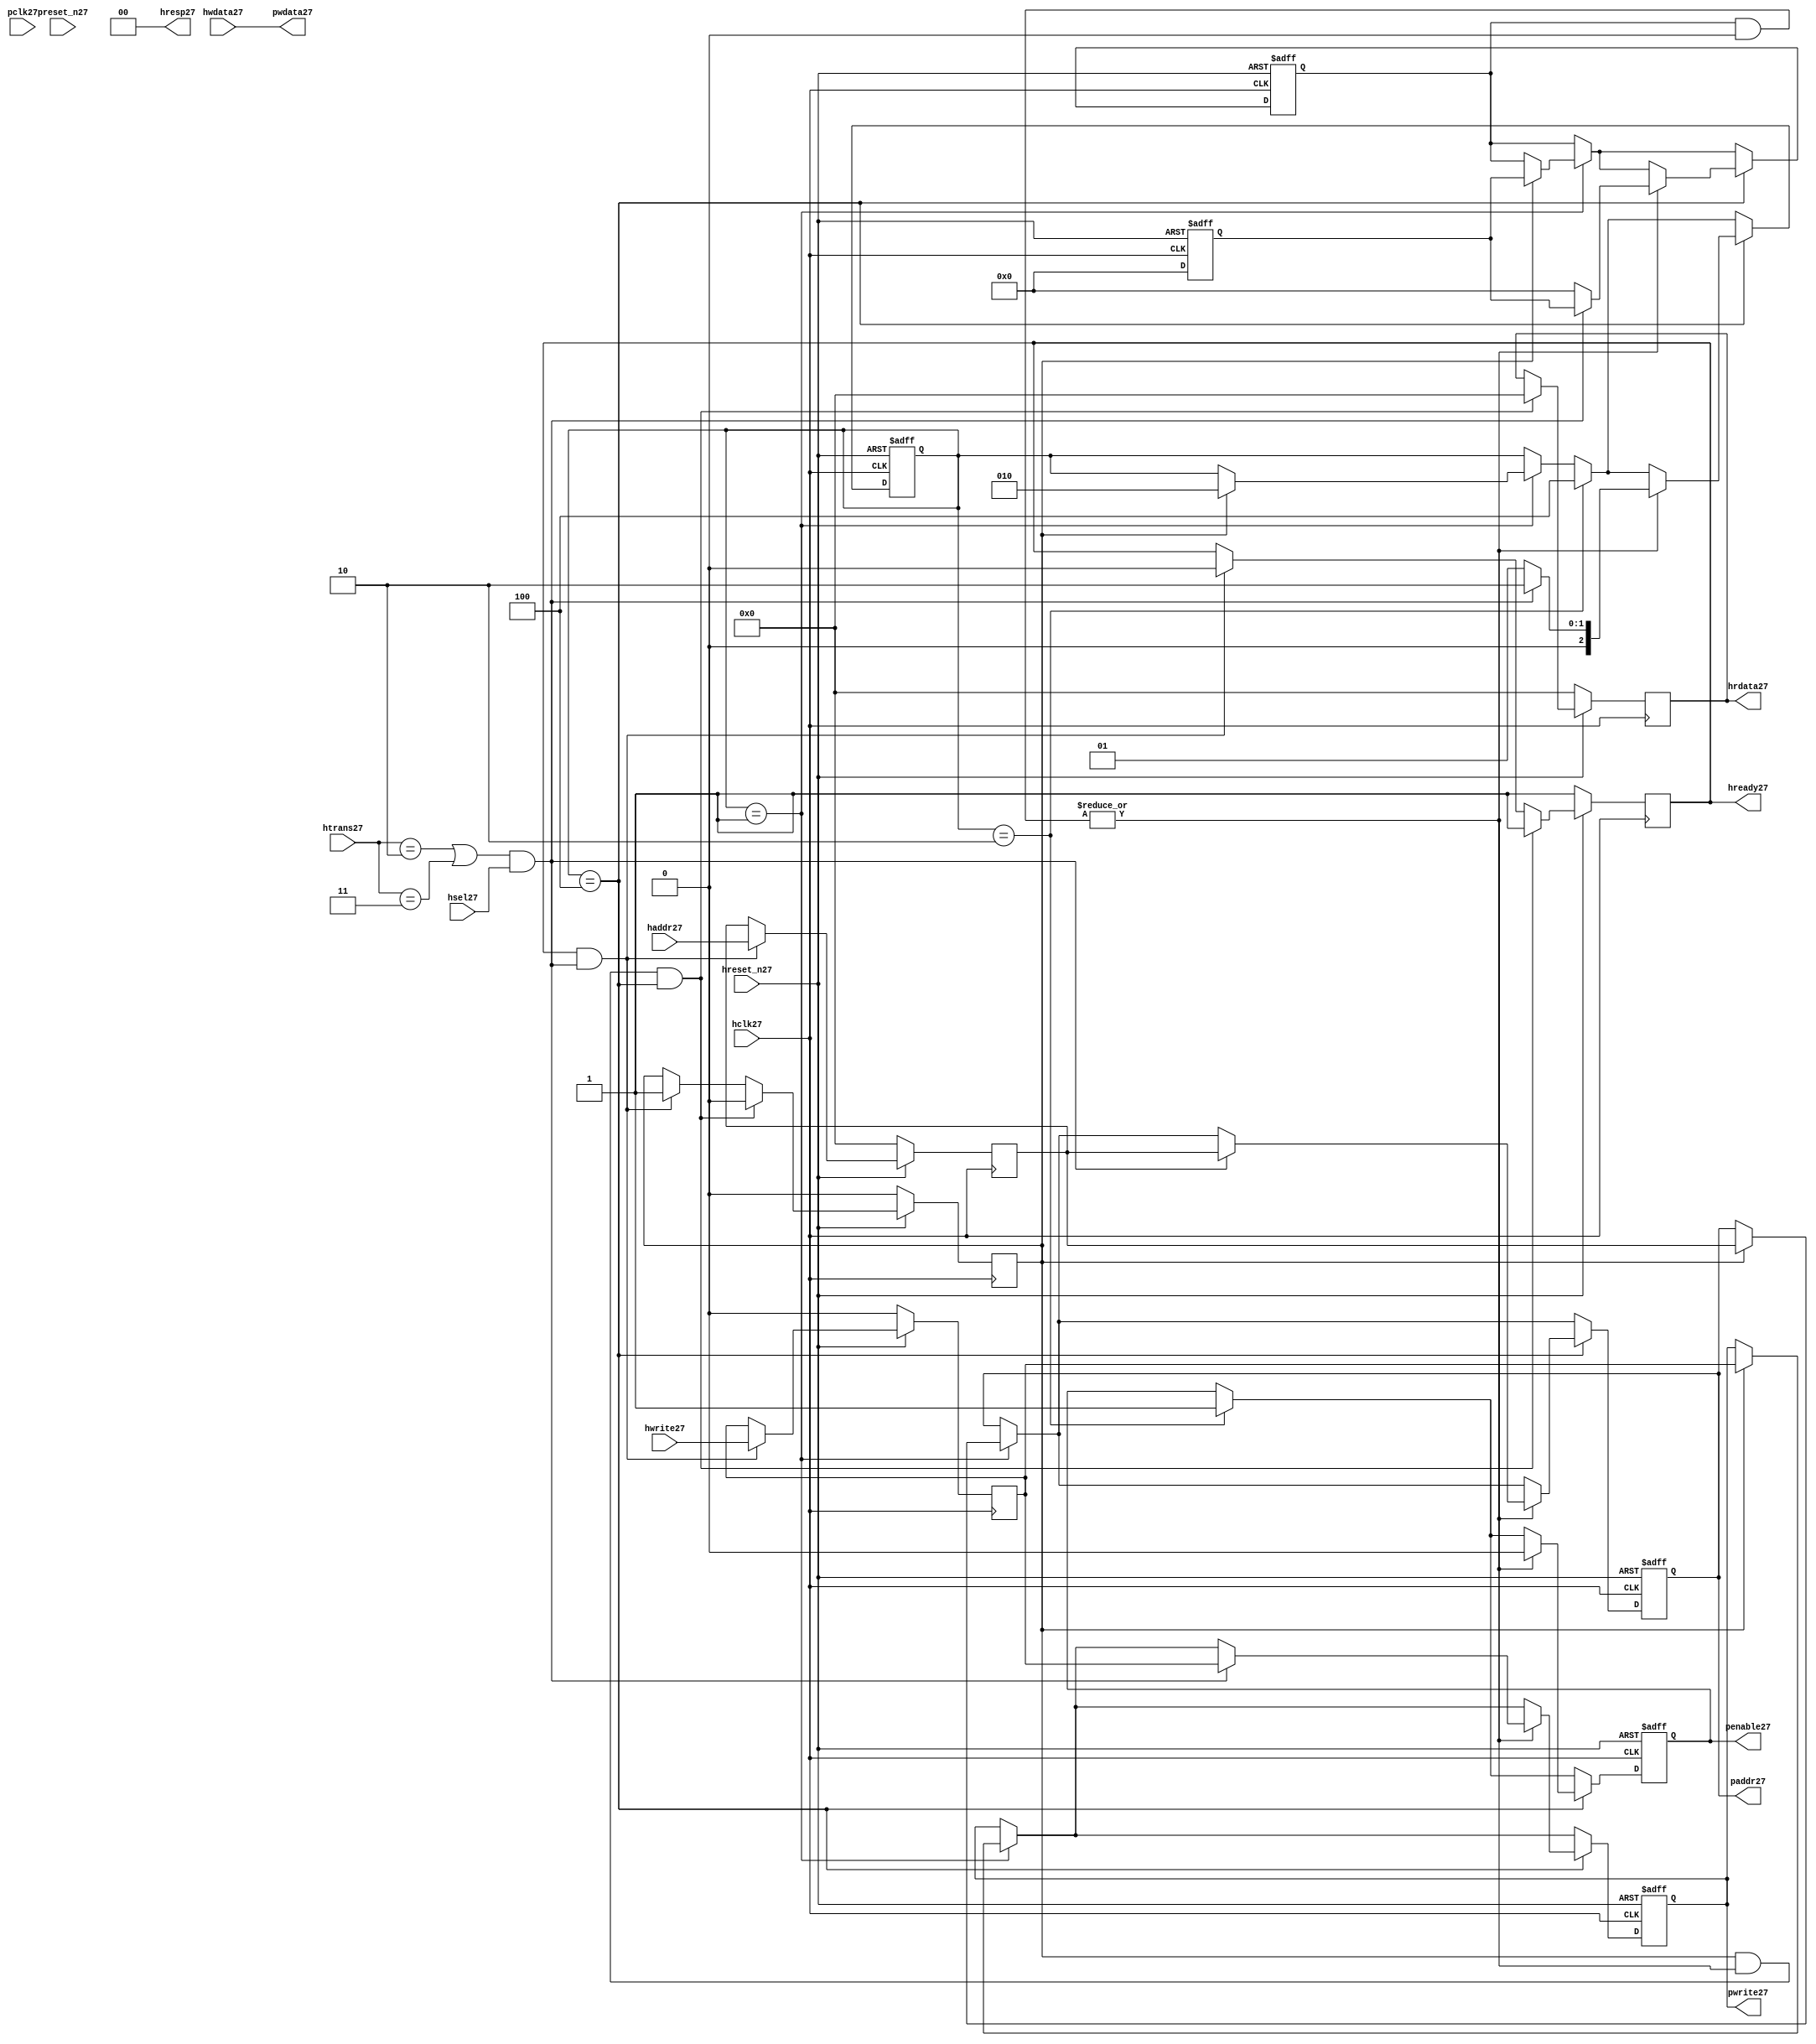
module ahb2apb27
(
  // AHB27 signals27
  hclk27,
  hreset_n27,
  hsel27,
  haddr27,
  htrans27,
  hwdata27,
  hwrite27,
  hrdata27,
  hready27,
  hresp27,
  
  // APB27 signals27 common to all APB27 slaves27
  pclk27,
  preset_n27,
  paddr27,
  penable27,
  pwrite27,
  pwdata27
  
  // Slave27 0 signals27
  `ifdef APB_SLAVE027
  ,psel027
  ,pready027
  ,prdata027
  `endif
  
  // Slave27 1 signals27
  `ifdef APB_SLAVE127
  ,psel127
  ,pready127
  ,prdata127
  `endif
  
  // Slave27 2 signals27
  `ifdef APB_SLAVE227
  ,psel227
  ,pready227
  ,prdata227
  `endif
  
  // Slave27 3 signals27
  `ifdef APB_SLAVE327
  ,psel327
  ,pready327
  ,prdata327
  `endif
  
  // Slave27 4 signals27
  `ifdef APB_SLAVE427
  ,psel427
  ,pready427
  ,prdata427
  `endif
  
  // Slave27 5 signals27
  `ifdef APB_SLAVE527
  ,psel527
  ,pready527
  ,prdata527
  `endif
  
  // Slave27 6 signals27
  `ifdef APB_SLAVE627
  ,psel627
  ,pready627
  ,prdata627
  `endif
  
  // Slave27 7 signals27
  `ifdef APB_SLAVE727
  ,psel727
  ,pready727
  ,prdata727
  `endif
  
  // Slave27 8 signals27
  `ifdef APB_SLAVE827
  ,psel827
  ,pready827
  ,prdata827
  `endif
  
  // Slave27 9 signals27
  `ifdef APB_SLAVE927
  ,psel927
  ,pready927
  ,prdata927
  `endif
  
  // Slave27 10 signals27
  `ifdef APB_SLAVE1027
  ,psel1027
  ,pready1027
  ,prdata1027
  `endif
  
  // Slave27 11 signals27
  `ifdef APB_SLAVE1127
  ,psel1127
  ,pready1127
  ,prdata1127
  `endif
  
  // Slave27 12 signals27
  `ifdef APB_SLAVE1227
  ,psel1227
  ,pready1227
  ,prdata1227
  `endif
  
  // Slave27 13 signals27
  `ifdef APB_SLAVE1327
  ,psel1327
  ,pready1327
  ,prdata1327
  `endif
  
  // Slave27 14 signals27
  `ifdef APB_SLAVE1427
  ,psel1427
  ,pready1427
  ,prdata1427
  `endif
  
  // Slave27 15 signals27
  `ifdef APB_SLAVE1527
  ,psel1527
  ,pready1527
  ,prdata1527
  `endif
  
);

parameter 
  APB_SLAVE0_START_ADDR27  = 32'h00000000,
  APB_SLAVE0_END_ADDR27    = 32'h00000000,
  APB_SLAVE1_START_ADDR27  = 32'h00000000,
  APB_SLAVE1_END_ADDR27    = 32'h00000000,
  APB_SLAVE2_START_ADDR27  = 32'h00000000,
  APB_SLAVE2_END_ADDR27    = 32'h00000000,
  APB_SLAVE3_START_ADDR27  = 32'h00000000,
  APB_SLAVE3_END_ADDR27    = 32'h00000000,
  APB_SLAVE4_START_ADDR27  = 32'h00000000,
  APB_SLAVE4_END_ADDR27    = 32'h00000000,
  APB_SLAVE5_START_ADDR27  = 32'h00000000,
  APB_SLAVE5_END_ADDR27    = 32'h00000000,
  APB_SLAVE6_START_ADDR27  = 32'h00000000,
  APB_SLAVE6_END_ADDR27    = 32'h00000000,
  APB_SLAVE7_START_ADDR27  = 32'h00000000,
  APB_SLAVE7_END_ADDR27    = 32'h00000000,
  APB_SLAVE8_START_ADDR27  = 32'h00000000,
  APB_SLAVE8_END_ADDR27    = 32'h00000000,
  APB_SLAVE9_START_ADDR27  = 32'h00000000,
  APB_SLAVE9_END_ADDR27    = 32'h00000000,
  APB_SLAVE10_START_ADDR27  = 32'h00000000,
  APB_SLAVE10_END_ADDR27    = 32'h00000000,
  APB_SLAVE11_START_ADDR27  = 32'h00000000,
  APB_SLAVE11_END_ADDR27    = 32'h00000000,
  APB_SLAVE12_START_ADDR27  = 32'h00000000,
  APB_SLAVE12_END_ADDR27    = 32'h00000000,
  APB_SLAVE13_START_ADDR27  = 32'h00000000,
  APB_SLAVE13_END_ADDR27    = 32'h00000000,
  APB_SLAVE14_START_ADDR27  = 32'h00000000,
  APB_SLAVE14_END_ADDR27    = 32'h00000000,
  APB_SLAVE15_START_ADDR27  = 32'h00000000,
  APB_SLAVE15_END_ADDR27    = 32'h00000000;

  // AHB27 signals27
input        hclk27;
input        hreset_n27;
input        hsel27;
input[31:0]  haddr27;
input[1:0]   htrans27;
input[31:0]  hwdata27;
input        hwrite27;
output[31:0] hrdata27;
reg   [31:0] hrdata27;
output       hready27;
output[1:0]  hresp27;
  
  // APB27 signals27 common to all APB27 slaves27
input       pclk27;
input       preset_n27;
output[31:0] paddr27;
reg   [31:0] paddr27;
output       penable27;
reg          penable27;
output       pwrite27;
reg          pwrite27;
output[31:0] pwdata27;
  
  // Slave27 0 signals27
`ifdef APB_SLAVE027
  output      psel027;
  input       pready027;
  input[31:0] prdata027;
`endif
  
  // Slave27 1 signals27
`ifdef APB_SLAVE127
  output      psel127;
  input       pready127;
  input[31:0] prdata127;
`endif
  
  // Slave27 2 signals27
`ifdef APB_SLAVE227
  output      psel227;
  input       pready227;
  input[31:0] prdata227;
`endif
  
  // Slave27 3 signals27
`ifdef APB_SLAVE327
  output      psel327;
  input       pready327;
  input[31:0] prdata327;
`endif
  
  // Slave27 4 signals27
`ifdef APB_SLAVE427
  output      psel427;
  input       pready427;
  input[31:0] prdata427;
`endif
  
  // Slave27 5 signals27
`ifdef APB_SLAVE527
  output      psel527;
  input       pready527;
  input[31:0] prdata527;
`endif
  
  // Slave27 6 signals27
`ifdef APB_SLAVE627
  output      psel627;
  input       pready627;
  input[31:0] prdata627;
`endif
  
  // Slave27 7 signals27
`ifdef APB_SLAVE727
  output      psel727;
  input       pready727;
  input[31:0] prdata727;
`endif
  
  // Slave27 8 signals27
`ifdef APB_SLAVE827
  output      psel827;
  input       pready827;
  input[31:0] prdata827;
`endif
  
  // Slave27 9 signals27
`ifdef APB_SLAVE927
  output      psel927;
  input       pready927;
  input[31:0] prdata927;
`endif
  
  // Slave27 10 signals27
`ifdef APB_SLAVE1027
  output      psel1027;
  input       pready1027;
  input[31:0] prdata1027;
`endif
  
  // Slave27 11 signals27
`ifdef APB_SLAVE1127
  output      psel1127;
  input       pready1127;
  input[31:0] prdata1127;
`endif
  
  // Slave27 12 signals27
`ifdef APB_SLAVE1227
  output      psel1227;
  input       pready1227;
  input[31:0] prdata1227;
`endif
  
  // Slave27 13 signals27
`ifdef APB_SLAVE1327
  output      psel1327;
  input       pready1327;
  input[31:0] prdata1327;
`endif
  
  // Slave27 14 signals27
`ifdef APB_SLAVE1427
  output      psel1427;
  input       pready1427;
  input[31:0] prdata1427;
`endif
  
  // Slave27 15 signals27
`ifdef APB_SLAVE1527
  output      psel1527;
  input       pready1527;
  input[31:0] prdata1527;
`endif
 
reg         ahb_addr_phase27;
reg         ahb_data_phase27;
wire        valid_ahb_trans27;
wire        pready_muxed27;
wire [31:0] prdata_muxed27;
reg  [31:0] haddr_reg27;
reg         hwrite_reg27;
reg  [2:0]  apb_state27;
wire [2:0]  apb_state_idle27;
wire [2:0]  apb_state_setup27;
wire [2:0]  apb_state_access27;
reg  [15:0] slave_select27;
wire [15:0] pready_vector27;
reg  [15:0] psel_vector27;
wire [31:0] prdata0_q27;
wire [31:0] prdata1_q27;
wire [31:0] prdata2_q27;
wire [31:0] prdata3_q27;
wire [31:0] prdata4_q27;
wire [31:0] prdata5_q27;
wire [31:0] prdata6_q27;
wire [31:0] prdata7_q27;
wire [31:0] prdata8_q27;
wire [31:0] prdata9_q27;
wire [31:0] prdata10_q27;
wire [31:0] prdata11_q27;
wire [31:0] prdata12_q27;
wire [31:0] prdata13_q27;
wire [31:0] prdata14_q27;
wire [31:0] prdata15_q27;

// assign pclk27     = hclk27;
// assign preset_n27 = hreset_n27;
assign hready27   = ahb_addr_phase27;
assign pwdata27   = hwdata27;
assign hresp27  = 2'b00;

// Respond27 to NONSEQ27 or SEQ transfers27
assign valid_ahb_trans27 = ((htrans27 == 2'b10) || (htrans27 == 2'b11)) && (hsel27 == 1'b1);

always @(posedge hclk27) begin
  if (hreset_n27 == 1'b0) begin
    ahb_addr_phase27 <= 1'b1;
    ahb_data_phase27 <= 1'b0;
    haddr_reg27      <= 'b0;
    hwrite_reg27     <= 1'b0;
    hrdata27         <= 'b0;
  end
  else begin
    if (ahb_addr_phase27 == 1'b1 && valid_ahb_trans27 == 1'b1) begin
      ahb_addr_phase27 <= 1'b0;
      ahb_data_phase27 <= 1'b1;
      haddr_reg27      <= haddr27;
      hwrite_reg27     <= hwrite27;
    end
    if (ahb_data_phase27 == 1'b1 && pready_muxed27 == 1'b1 && apb_state27 == apb_state_access27) begin
      ahb_addr_phase27 <= 1'b1;
      ahb_data_phase27 <= 1'b0;
      hrdata27         <= prdata_muxed27;
    end
  end
end

// APB27 state machine27 state definitions27
assign apb_state_idle27   = 3'b001;
assign apb_state_setup27  = 3'b010;
assign apb_state_access27 = 3'b100;

// APB27 state machine27
always @(posedge hclk27 or negedge hreset_n27) begin
  if (hreset_n27 == 1'b0) begin
    apb_state27   <= apb_state_idle27;
    psel_vector27 <= 1'b0;
    penable27     <= 1'b0;
    paddr27       <= 1'b0;
    pwrite27      <= 1'b0;
  end  
  else begin
    
    // IDLE27 -> SETUP27
    if (apb_state27 == apb_state_idle27) begin
      if (ahb_data_phase27 == 1'b1) begin
        apb_state27   <= apb_state_setup27;
        psel_vector27 <= slave_select27;
        paddr27       <= haddr_reg27;
        pwrite27      <= hwrite_reg27;
      end  
    end
    
    // SETUP27 -> TRANSFER27
    if (apb_state27 == apb_state_setup27) begin
      apb_state27 <= apb_state_access27;
      penable27   <= 1'b1;
    end
    
    // TRANSFER27 -> SETUP27 or
    // TRANSFER27 -> IDLE27
    if (apb_state27 == apb_state_access27) begin
      if (pready_muxed27 == 1'b1) begin
      
        // TRANSFER27 -> SETUP27
        if (valid_ahb_trans27 == 1'b1) begin
          apb_state27   <= apb_state_setup27;
          penable27     <= 1'b0;
          psel_vector27 <= slave_select27;
          paddr27       <= haddr_reg27;
          pwrite27      <= hwrite_reg27;
        end  
        
        // TRANSFER27 -> IDLE27
        else begin
          apb_state27   <= apb_state_idle27;      
          penable27     <= 1'b0;
          psel_vector27 <= 'b0;
        end  
      end
    end
    
  end
end

always @(posedge hclk27 or negedge hreset_n27) begin
  if (hreset_n27 == 1'b0)
    slave_select27 <= 'b0;
  else begin  
  `ifdef APB_SLAVE027
     slave_select27[0]   <= valid_ahb_trans27 && (haddr27 >= APB_SLAVE0_START_ADDR27)  && (haddr27 <= APB_SLAVE0_END_ADDR27);
   `else
     slave_select27[0]   <= 1'b0;
   `endif
   
   `ifdef APB_SLAVE127
     slave_select27[1]   <= valid_ahb_trans27 && (haddr27 >= APB_SLAVE1_START_ADDR27)  && (haddr27 <= APB_SLAVE1_END_ADDR27);
   `else
     slave_select27[1]   <= 1'b0;
   `endif  
     
   `ifdef APB_SLAVE227  
     slave_select27[2]   <= valid_ahb_trans27 && (haddr27 >= APB_SLAVE2_START_ADDR27)  && (haddr27 <= APB_SLAVE2_END_ADDR27);
   `else
     slave_select27[2]   <= 1'b0;
   `endif  
     
   `ifdef APB_SLAVE327  
     slave_select27[3]   <= valid_ahb_trans27 && (haddr27 >= APB_SLAVE3_START_ADDR27)  && (haddr27 <= APB_SLAVE3_END_ADDR27);
   `else
     slave_select27[3]   <= 1'b0;
   `endif  
     
   `ifdef APB_SLAVE427  
     slave_select27[4]   <= valid_ahb_trans27 && (haddr27 >= APB_SLAVE4_START_ADDR27)  && (haddr27 <= APB_SLAVE4_END_ADDR27);
   `else
     slave_select27[4]   <= 1'b0;
   `endif  
     
   `ifdef APB_SLAVE527  
     slave_select27[5]   <= valid_ahb_trans27 && (haddr27 >= APB_SLAVE5_START_ADDR27)  && (haddr27 <= APB_SLAVE5_END_ADDR27);
   `else
     slave_select27[5]   <= 1'b0;
   `endif  
     
   `ifdef APB_SLAVE627  
     slave_select27[6]   <= valid_ahb_trans27 && (haddr27 >= APB_SLAVE6_START_ADDR27)  && (haddr27 <= APB_SLAVE6_END_ADDR27);
   `else
     slave_select27[6]   <= 1'b0;
   `endif  
     
   `ifdef APB_SLAVE727  
     slave_select27[7]   <= valid_ahb_trans27 && (haddr27 >= APB_SLAVE7_START_ADDR27)  && (haddr27 <= APB_SLAVE7_END_ADDR27);
   `else
     slave_select27[7]   <= 1'b0;
   `endif  
     
   `ifdef APB_SLAVE827  
     slave_select27[8]   <= valid_ahb_trans27 && (haddr27 >= APB_SLAVE8_START_ADDR27)  && (haddr27 <= APB_SLAVE8_END_ADDR27);
   `else
     slave_select27[8]   <= 1'b0;
   `endif  
     
   `ifdef APB_SLAVE927  
     slave_select27[9]   <= valid_ahb_trans27 && (haddr27 >= APB_SLAVE9_START_ADDR27)  && (haddr27 <= APB_SLAVE9_END_ADDR27);
   `else
     slave_select27[9]   <= 1'b0;
   `endif  
     
   `ifdef APB_SLAVE1027  
     slave_select27[10]  <= valid_ahb_trans27 && (haddr27 >= APB_SLAVE10_START_ADDR27) && (haddr27 <= APB_SLAVE10_END_ADDR27);
   `else
     slave_select27[10]   <= 1'b0;
   `endif  
     
   `ifdef APB_SLAVE1127  
     slave_select27[11]  <= valid_ahb_trans27 && (haddr27 >= APB_SLAVE11_START_ADDR27) && (haddr27 <= APB_SLAVE11_END_ADDR27);
   `else
     slave_select27[11]   <= 1'b0;
   `endif  
     
   `ifdef APB_SLAVE1227  
     slave_select27[12]  <= valid_ahb_trans27 && (haddr27 >= APB_SLAVE12_START_ADDR27) && (haddr27 <= APB_SLAVE12_END_ADDR27);
   `else
     slave_select27[12]   <= 1'b0;
   `endif  
     
   `ifdef APB_SLAVE1327  
     slave_select27[13]  <= valid_ahb_trans27 && (haddr27 >= APB_SLAVE13_START_ADDR27) && (haddr27 <= APB_SLAVE13_END_ADDR27);
   `else
     slave_select27[13]   <= 1'b0;
   `endif  
     
   `ifdef APB_SLAVE1427  
     slave_select27[14]  <= valid_ahb_trans27 && (haddr27 >= APB_SLAVE14_START_ADDR27) && (haddr27 <= APB_SLAVE14_END_ADDR27);
   `else
     slave_select27[14]   <= 1'b0;
   `endif  
     
   `ifdef APB_SLAVE1527  
     slave_select27[15]  <= valid_ahb_trans27 && (haddr27 >= APB_SLAVE15_START_ADDR27) && (haddr27 <= APB_SLAVE15_END_ADDR27);
   `else
     slave_select27[15]   <= 1'b0;
   `endif  
  end
end

assign pready_muxed27 = |(psel_vector27 & pready_vector27);
assign prdata_muxed27 = prdata0_q27  | prdata1_q27  | prdata2_q27  | prdata3_q27  |
                      prdata4_q27  | prdata5_q27  | prdata6_q27  | prdata7_q27  |
                      prdata8_q27  | prdata9_q27  | prdata10_q27 | prdata11_q27 |
                      prdata12_q27 | prdata13_q27 | prdata14_q27 | prdata15_q27 ;

`ifdef APB_SLAVE027
  assign psel027            = psel_vector27[0];
  assign pready_vector27[0] = pready027;
  assign prdata0_q27        = (psel027 == 1'b1) ? prdata027 : 'b0;
`else
  assign pready_vector27[0] = 1'b0;
  assign prdata0_q27        = 'b0;
`endif

`ifdef APB_SLAVE127
  assign psel127            = psel_vector27[1];
  assign pready_vector27[1] = pready127;
  assign prdata1_q27        = (psel127 == 1'b1) ? prdata127 : 'b0;
`else
  assign pready_vector27[1] = 1'b0;
  assign prdata1_q27        = 'b0;
`endif

`ifdef APB_SLAVE227
  assign psel227            = psel_vector27[2];
  assign pready_vector27[2] = pready227;
  assign prdata2_q27        = (psel227 == 1'b1) ? prdata227 : 'b0;
`else
  assign pready_vector27[2] = 1'b0;
  assign prdata2_q27        = 'b0;
`endif

`ifdef APB_SLAVE327
  assign psel327            = psel_vector27[3];
  assign pready_vector27[3] = pready327;
  assign prdata3_q27        = (psel327 == 1'b1) ? prdata327 : 'b0;
`else
  assign pready_vector27[3] = 1'b0;
  assign prdata3_q27        = 'b0;
`endif

`ifdef APB_SLAVE427
  assign psel427            = psel_vector27[4];
  assign pready_vector27[4] = pready427;
  assign prdata4_q27        = (psel427 == 1'b1) ? prdata427 : 'b0;
`else
  assign pready_vector27[4] = 1'b0;
  assign prdata4_q27        = 'b0;
`endif

`ifdef APB_SLAVE527
  assign psel527            = psel_vector27[5];
  assign pready_vector27[5] = pready527;
  assign prdata5_q27        = (psel527 == 1'b1) ? prdata527 : 'b0;
`else
  assign pready_vector27[5] = 1'b0;
  assign prdata5_q27        = 'b0;
`endif

`ifdef APB_SLAVE627
  assign psel627            = psel_vector27[6];
  assign pready_vector27[6] = pready627;
  assign prdata6_q27        = (psel627 == 1'b1) ? prdata627 : 'b0;
`else
  assign pready_vector27[6] = 1'b0;
  assign prdata6_q27        = 'b0;
`endif

`ifdef APB_SLAVE727
  assign psel727            = psel_vector27[7];
  assign pready_vector27[7] = pready727;
  assign prdata7_q27        = (psel727 == 1'b1) ? prdata727 : 'b0;
`else
  assign pready_vector27[7] = 1'b0;
  assign prdata7_q27        = 'b0;
`endif

`ifdef APB_SLAVE827
  assign psel827            = psel_vector27[8];
  assign pready_vector27[8] = pready827;
  assign prdata8_q27        = (psel827 == 1'b1) ? prdata827 : 'b0;
`else
  assign pready_vector27[8] = 1'b0;
  assign prdata8_q27        = 'b0;
`endif

`ifdef APB_SLAVE927
  assign psel927            = psel_vector27[9];
  assign pready_vector27[9] = pready927;
  assign prdata9_q27        = (psel927 == 1'b1) ? prdata927 : 'b0;
`else
  assign pready_vector27[9] = 1'b0;
  assign prdata9_q27        = 'b0;
`endif

`ifdef APB_SLAVE1027
  assign psel1027            = psel_vector27[10];
  assign pready_vector27[10] = pready1027;
  assign prdata10_q27        = (psel1027 == 1'b1) ? prdata1027 : 'b0;
`else
  assign pready_vector27[10] = 1'b0;
  assign prdata10_q27        = 'b0;
`endif

`ifdef APB_SLAVE1127
  assign psel1127            = psel_vector27[11];
  assign pready_vector27[11] = pready1127;
  assign prdata11_q27        = (psel1127 == 1'b1) ? prdata1127 : 'b0;
`else
  assign pready_vector27[11] = 1'b0;
  assign prdata11_q27        = 'b0;
`endif

`ifdef APB_SLAVE1227
  assign psel1227            = psel_vector27[12];
  assign pready_vector27[12] = pready1227;
  assign prdata12_q27        = (psel1227 == 1'b1) ? prdata1227 : 'b0;
`else
  assign pready_vector27[12] = 1'b0;
  assign prdata12_q27        = 'b0;
`endif

`ifdef APB_SLAVE1327
  assign psel1327            = psel_vector27[13];
  assign pready_vector27[13] = pready1327;
  assign prdata13_q27        = (psel1327 == 1'b1) ? prdata1327 : 'b0;
`else
  assign pready_vector27[13] = 1'b0;
  assign prdata13_q27        = 'b0;
`endif

`ifdef APB_SLAVE1427
  assign psel1427            = psel_vector27[14];
  assign pready_vector27[14] = pready1427;
  assign prdata14_q27        = (psel1427 == 1'b1) ? prdata1427 : 'b0;
`else
  assign pready_vector27[14] = 1'b0;
  assign prdata14_q27        = 'b0;
`endif

`ifdef APB_SLAVE1527
  assign psel1527            = psel_vector27[15];
  assign pready_vector27[15] = pready1527;
  assign prdata15_q27        = (psel1527 == 1'b1) ? prdata1527 : 'b0;
`else
  assign pready_vector27[15] = 1'b0;
  assign prdata15_q27        = 'b0;
`endif

endmodule